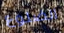
الضلوع